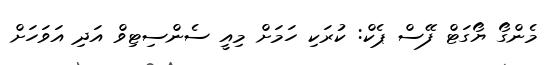
މެންގޯ ޔޯގަޓް ފޭސް ޕެކް: ކުރަކި ހަމަށް މިއީ ސެންސިޓިވް އަދި އަވަހަށް